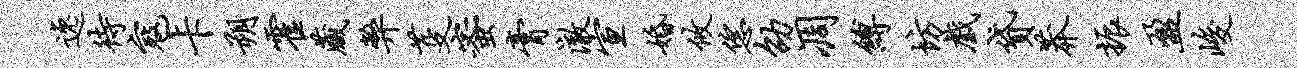
逸待寇卡朔霍藏弊芟蜜膏澈宣婚攸恁劭凋缚坊戏贷莽振盈峻